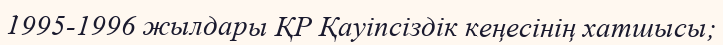
1995-1996 жылдары ҚР Қауіпсіздік кеңесінің хатшысы;